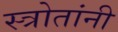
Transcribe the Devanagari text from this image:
स्त्रोतांनी